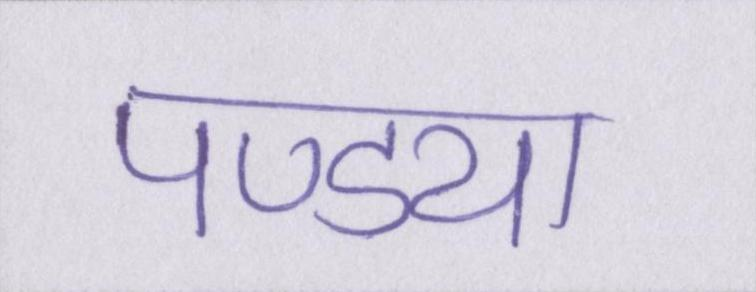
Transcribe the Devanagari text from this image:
पण्ड्या